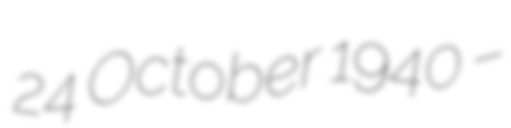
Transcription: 24 October 1940 –